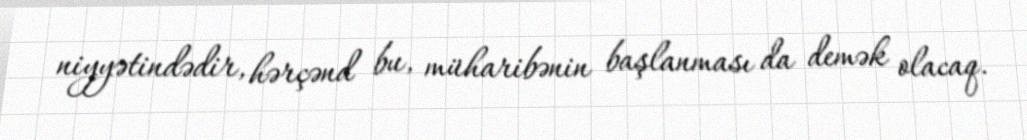
niyyətindədir, hərçənd bu, müharibənin başlanması da demək olacaq.